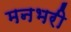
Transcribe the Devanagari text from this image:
मनभरी